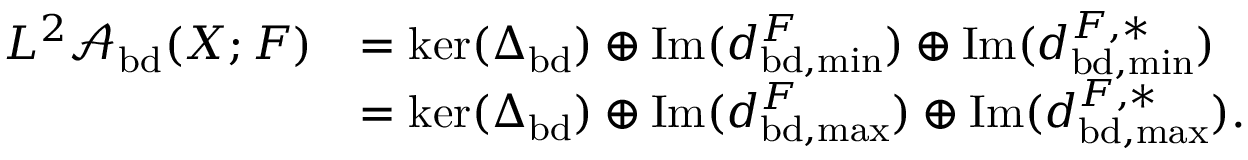
\begin{array} { r l } { L ^ { 2 } \mathcal { A } _ { \mathrm { b d } } ( X ; F ) } & { = \ker ( \Delta _ { \mathrm { b d } } ) \oplus \mathrm { I m } ( d _ { \mathrm { b d } , \operatorname* { m i n } } ^ { F } ) \oplus \mathrm { I m } ( d _ { \mathrm { b d } , \operatorname* { m i n } } ^ { F , * } ) } \\ & { = \ker ( \Delta _ { \mathrm { b d } } ) \oplus \mathrm { I m } ( d _ { \mathrm { b d } , \operatorname* { m a x } } ^ { F } ) \oplus \mathrm { I m } ( d _ { \mathrm { b d } , \operatorname* { m a x } } ^ { F , * } ) . } \end{array}